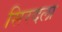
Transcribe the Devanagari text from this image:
सिरदला